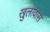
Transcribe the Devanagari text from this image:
खुलावास